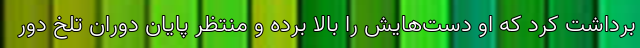
برداشت کرد که او دست‌هایش را بالا برده و منتظر پایان دوران تلخ دور